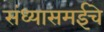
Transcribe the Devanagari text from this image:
संध्यासमईचे